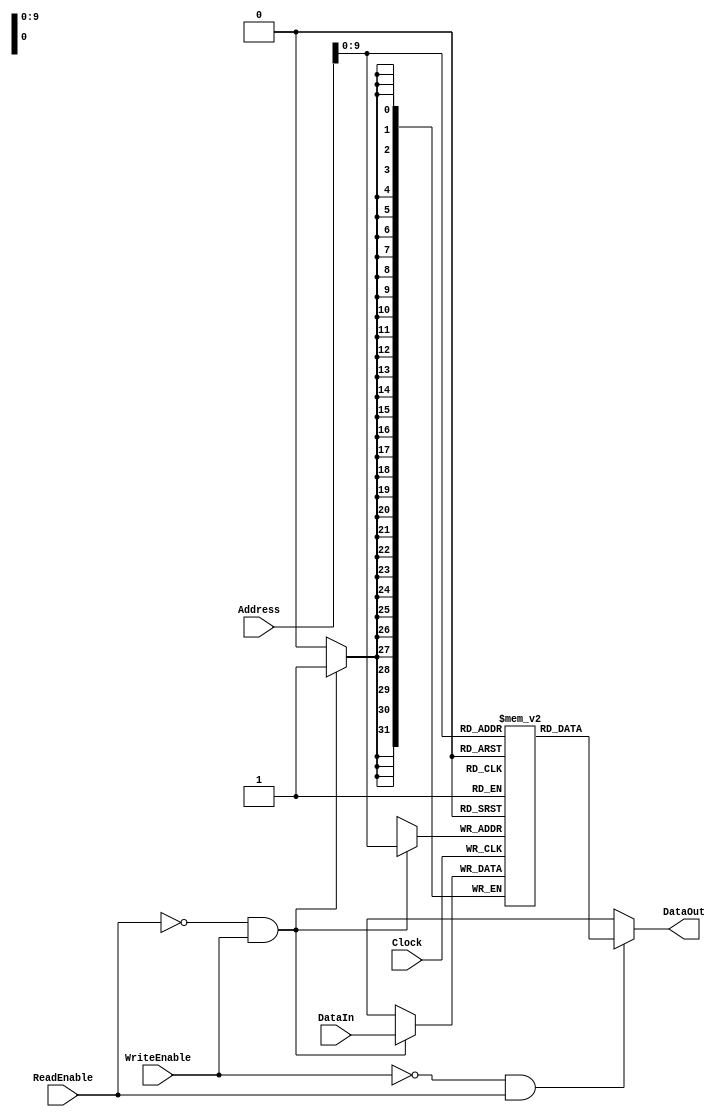
/*****************************************
 *             Data Memory               *
 *          George T. Gougoudis          *
 *****************************************/

module Memory #( parameter SIZE = 1024 ) (
        input wire ReadEnable,
        input wire WriteEnable,
        input wire Clock,
        input wire [31 : 0]Address,
        input wire [31 : 0]DataIn,

        output wire [31 : 0]DataOut
    );

    reg [31 : 0] data[SIZE-1 : 0];

    assign DataOut =
        (~WriteEnable && ReadEnable) ?
            data[Address[11:0]] : 32'bx; //TODO: add log2(SIZE)

    always @(negedge Clock) begin
        if( ~ReadEnable && WriteEnable) begin
            data[Address[11:0]] <= DataIn;

            $display("[MEMORY][%4d] : Wrote %2d to %2d",
                $time,
                DataIn,
                Address
            );
        end
    end

endmodule